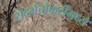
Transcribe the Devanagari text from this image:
संदर्भचौकटींमध्ये